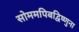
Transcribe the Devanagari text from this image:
सोममपिबद्विष्णुना